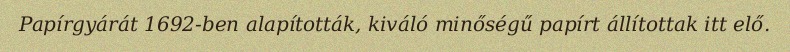
Papírgyárát 1692-ben alapították, kiváló minőségű papírt állítottak itt elő.